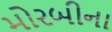
મોરબીના